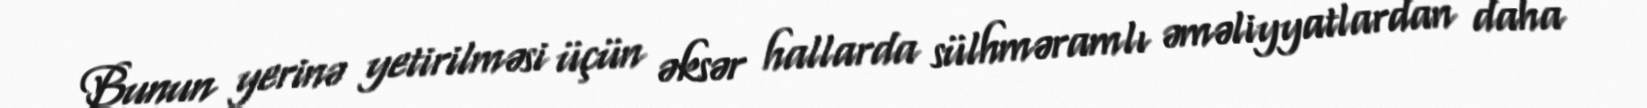
Bunun yerinə yetirilməsi üçün əksər hallarda sülhməramlı əməliyyatlardan daha